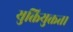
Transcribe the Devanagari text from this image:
युक्तियुक्तता